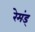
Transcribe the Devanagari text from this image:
रेमंड्